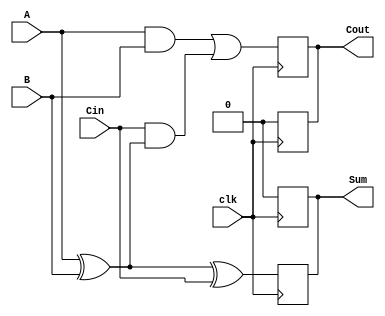
module dynamic_full_adder (
    input wire A,      // First input bit
    input wire B,      // Second input bit
    input wire Cin,    // Carry-in bit
    input wire clk,    // Clock signal
    output reg Sum,    // Sum output
    output reg Cout    // Carry-out output
);

    // Internal signals
    reg P, G; // Intermediate signals for propagate and generate

    always @(posedge clk) begin
        // Precharge phase
        Sum <= 1'b0;    // Precharge Sum to 0
        Cout <= 1'b0;   // Precharge Cout to 0
    end

    always @(negedge clk) begin
        // Evaluation phase
        // Calculate sum using XOR gates
        Sum <= A ^ B ^ Cin; // Sum = A XOR B XOR Cin

        // Calculate carry-out using AND and OR gates
        G = A & B;              // Generate
        P = A ^ B;              // Propagate
        Cout <= G | (Cin & P); // Cout = (A AND B) OR (Cin AND (A XOR B))
    end

endmodule